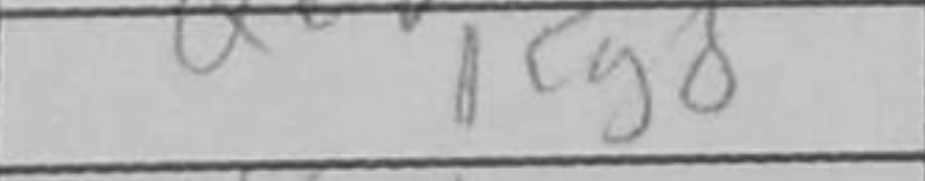
Transcription: Kg8